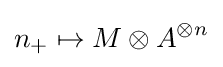
n_{+}\mapsto M\otimes A^{\otimes n}